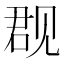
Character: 𰴙